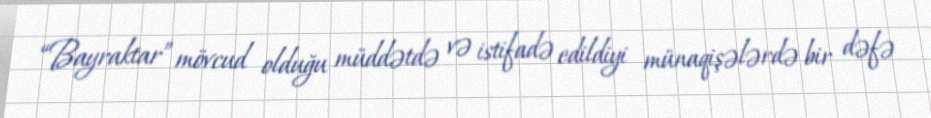
“Bayraktar” mövcud olduğu müddətdə və istifadə edildiyi münaqişələrdə bir dəfə